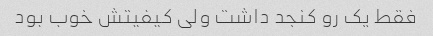
فقط یک رو کنجد داشت ولی کیفیتش خوب بود